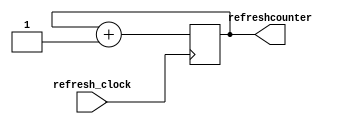
`timescale 1ns / 1ps
//////////////////////////////////////////////////////////////////////////////////
// Company: 
// Engineer: 
// 
// Design Name: 
// Module Name: refreshcounter
// Project Name: 
// Target Devices: 
// Tool Versions: 
// Description: 
// 
// Dependencies: 
// 
// Revision:
// Revision 0.01 - File Created
// Additional Comments:
// 
//////////////////////////////////////////////////////////////////////////////////


module refreshcounter(
    input refresh_clock,
    output reg [2:0] refreshcounter = 0
    );
    
always@(posedge refresh_clock)
    refreshcounter <= refreshcounter +1;
    
endmodule